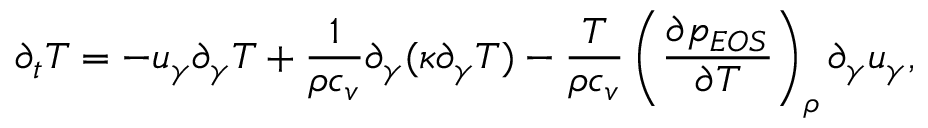
\partial _ { t } T = - u _ { \gamma } \partial _ { \gamma } T + \frac { 1 } { \rho c _ { v } } \partial _ { \gamma } ( \kappa \partial _ { \gamma } T ) - \frac { T } { \rho c _ { v } } \left( \frac { \partial p _ { E O S } } { \partial T } \right) _ { \rho } \partial _ { \gamma } u _ { \gamma } ,